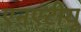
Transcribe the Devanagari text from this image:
एनएटीयू